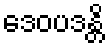
ဒေဝပဒန္တိ